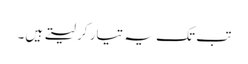
تب تک یہ تیار کر لیتے ہیں۔